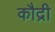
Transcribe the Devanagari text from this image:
कौद्री